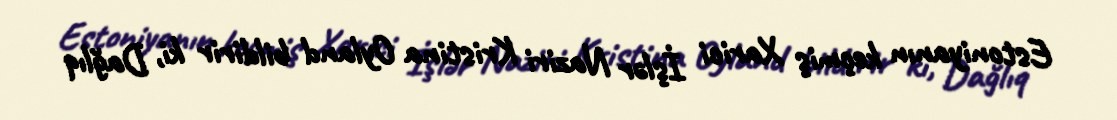
Estoniyanın keçmiş Xarici İşlər Naziri Kristina Oyland bildirir ki, Dağlıq